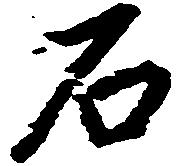
石